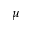
\mu